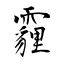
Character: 霾